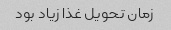
زمان تحویل غذا زیاد بود